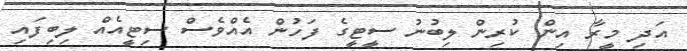
އަދި މީރާ އިން ކުރިން ލިބުނު ސީޓީގެ ފަހުން އެއްވެސް ސިޓީއެއް ލިބިފައި